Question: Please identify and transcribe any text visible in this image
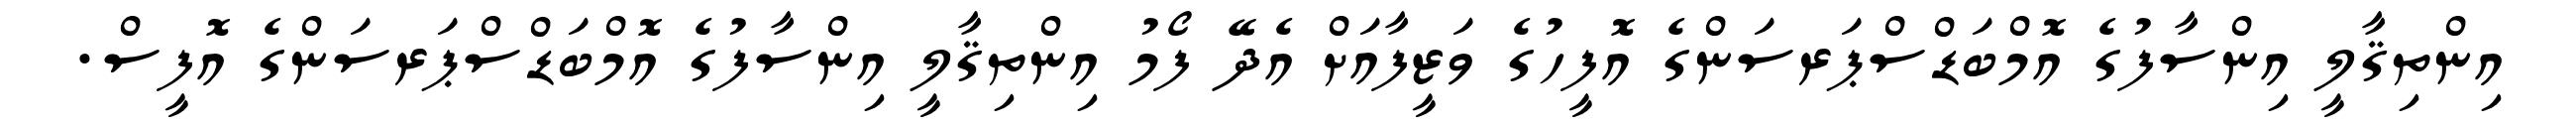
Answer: އިންތިޤާލީ އިންސާފުގެ އޮމްބަޑްސްޕަރސަންގެ އޮފީހުގެ ވަޒީފާއަށް އެދޭ ފޯމު އިންތިޤާލީ އިންސާފުގެ އޮމްބަޑްސްޕަރސަންގެ އޮފީސް.